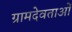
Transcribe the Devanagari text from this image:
ग्रामदेवताओं